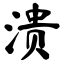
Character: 溃